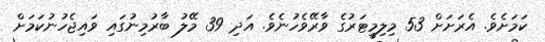
ކަމަށެވެ. އެރަށަށް 53 މިލިމީޓަރުގެ ވާރޭވެހުނެވެ. އަދި 39 މޭލު ބާރުމިނުގައި ވައިޖެހުނުކަމަށް